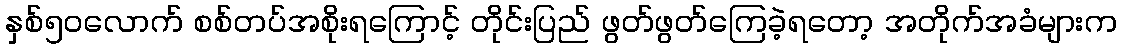
နှစ်၅၀လောက် စစ်တပ်အစိုးရကြောင့် တိုင်းပြည် ဖွတ်ဖွတ်ကြေခဲ့ရတော့ အတိုက်အခံများက